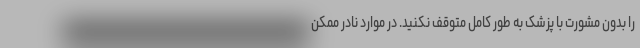
را بدون مشورت با پزشک به طور کامل متوقف نکنید. در موارد نادر ممکن